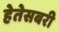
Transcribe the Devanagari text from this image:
हेतेसबरी